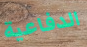
الدفاعية